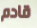
قادم